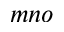
m n o